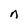
Character: n